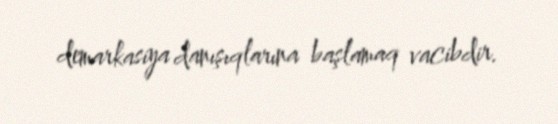
demarkasiya danışıqlarına başlamaq vacibdir.